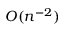
O ( n ^ { - 2 } )